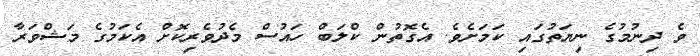
ވެ ދިނުމުގެ ނިޔަތުގައި ކަމަށެވެ. އެގޮތުން ކްލަބް ހައުސް މެދުވެރިކޮށް އެކަމުގެ މަޝްވަރާ